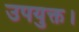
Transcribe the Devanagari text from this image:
उपयुक्त।